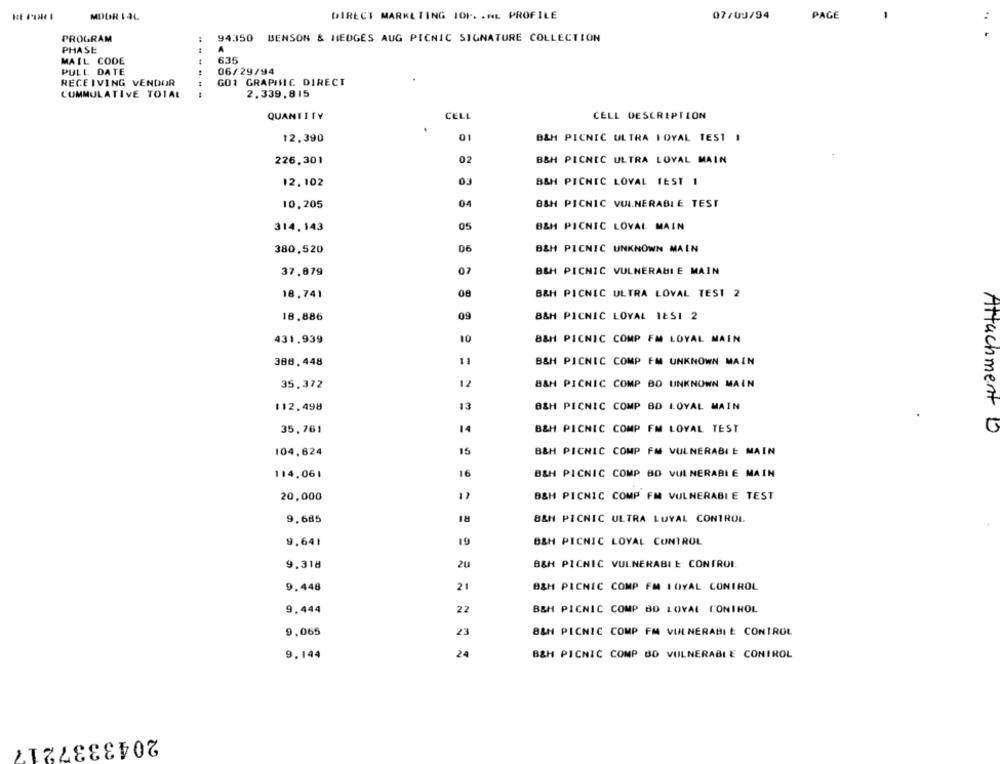
MDOR IAL
DIRECT MARKETING IOP. . NL PROFILE
07/09/94
PAGE
PROGRAM
94350 BENSON & HEDGES AUG PICNIC SIGNATURE COLLECTION
PHASE
MAIL CODE
635
PULL DATE
06/29/94
RECEIVING VENDUR
GO1 GRAPHIC DIRECT
CUMMULATIVE TOTAL
2.339,815
QUANTITY
CELL
CELL DESCRIPTION
12.390
01
B&H PICNIC ULTRA LOYAL TEST 1
226.301
02
B&H PICNIC ULTRA LOYAL MAIN
12.102
B&H PICNIC LOVAL TEST 1
10,205
B&H PICNIC VULNERABLE TEST
314,143
05
B&H PICNIC LOVAL MAIN
380,520
06
B&H PICNIC UNKNOWN MAIN
37,879
B&H PICNIC VULNERABLE MAIN
18.741
08
B&H PICNIC ULTRA LOVAL TEST 2
09
18.886
B&H PICNIC LOYAL 1251 2
431.939
10
B&H PICNIC COMP FM LOYAL MAIN
388,448
B&H PICNIC COMP FM UNKNOWN MAIN
12
B&H PICNIC COMP BO UNKNOWN MAIN
35.372
112.498
B&H PICNIC COMP BD LOYAL MAIN
35,761
14
B&H PICNIC COMP FM LOYAL TEST
Attachment b
104,624
15
B&H PICNIC COMP FM VULNERABLE MAIN
114.061
16
B&H PICNIC COMP BO VULNERABLE MAIN
20,000
B&H PICNIC COMP FM VULNERABLE TEST
RI
9,685
B&H PICNIC ULTRA LUYAL CONTROL.
9.641
19
B&H PICNIC LOYAL CONTROL
9.318
20
B&H PICNIC VULNERABI E CONTROI
9.448
21
B&M PICNIC COMP FM LOYAL CONTROL
9.444
22
B&M PICNIC COMP BD LOYAL CONTROL
9,065
23
B&H PICNIC COMP FM VULNERABLE CONTROL
9,144
B&H PICNIC COMP BO VULNERABLE CONTROL
2043337217